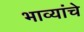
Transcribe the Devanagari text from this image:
भाव्यांचे